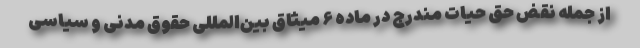
از جمله نقض حق حیات مندرج در ماده ۶ میثاق بین‌المللی حقوق مدنی و سیاسی